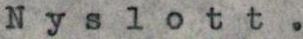
Nyslott.